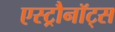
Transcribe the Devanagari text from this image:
एस्ट्रौनॉट्स